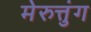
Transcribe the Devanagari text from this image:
मेरुत्तुंग